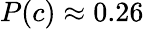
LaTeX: P(c)\approx 0.26